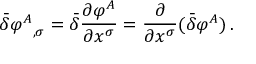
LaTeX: { \bar { \delta } } { \varphi ^ { A } } _ { , \sigma } = { \bar { \delta } } { \frac { \partial \varphi ^ { A } } { \partial x ^ { \sigma } } } = { \frac { \partial } { \partial x ^ { \sigma } } } ( { \bar { \delta } } \varphi ^ { A } ) \, .